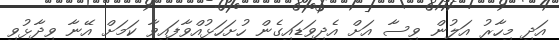
އަދި މިހާރު އަލުން ވިސާ އަށް އެދިވަޑައިގެން ހުށަހަޅުއްވާފައިވާ ކަމަށް އޭނާ ވިދާޅުވި